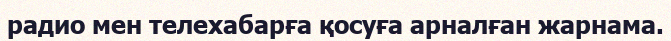
радио мен телехабарға қосуға арналған жарнама.